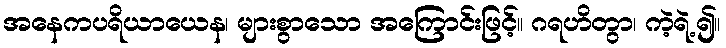
အနေကပရိယာယေန၊ များစွာသော အကြောင်းဖြင့်။ ဂရဟိတွာ၊ ကဲ့ရဲ့၍။